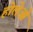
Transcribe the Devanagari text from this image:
होलेओ